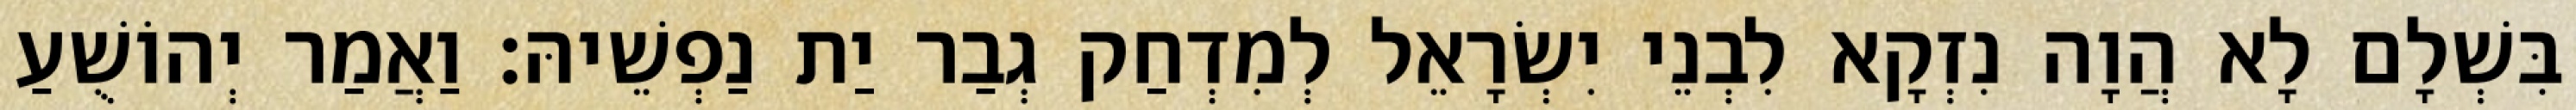
בִּשְׁלָם לָא הֲוָה נִזְקָא לִבְנֵי יִשְׂרָאֵל לְמִדְחַק גְבַר יַת נַפְשֵׁיהּ׃ וַאֲמַר יְהוֹשֻׁעַ